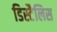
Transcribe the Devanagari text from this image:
डिस्टैलिस